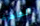
الجاهزة